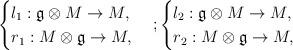
LaTeX: \begin{align*}\begin{cases}l_1 : \mathfrak{g}\otimes M \to M,\\r_1: M\otimes \mathfrak{g} \to M,\end{cases};\begin{cases}l_2 : \mathfrak{g}\otimes M \to M,\\r_2: M\otimes \mathfrak{g} \to M,\end{cases}\end{align*}